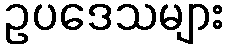
ဥပဒေသများ